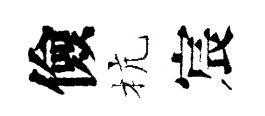
儉杭宸